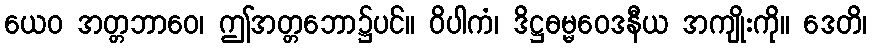
ယေဝ အတ္တဘာဝေ၊ ဤအတ္တဘော၌ပင်။ ဝိပါကံ၊ ဒိဋ္ဌဓမ္မဝေဒနီယ အကျိုးကို။ ဒေတိ၊